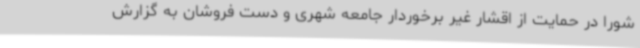
شورا در حمایت از اقشار غیر برخوردار جامعه شهری و دست فروشان به گزارش